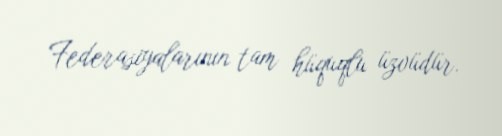
Federasiyalarının tam hüquqlu üzvüdür.